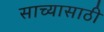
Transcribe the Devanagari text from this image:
साच्यासाठी